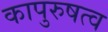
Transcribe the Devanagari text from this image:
कापुरुषत्व